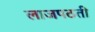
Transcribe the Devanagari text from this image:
लाजपठती